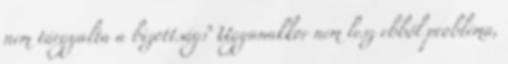
nem tárgyalta a bizottság? Ugyanakkor nem lesz ebből probléma,